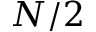
{ N / 2 }